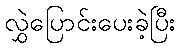
လွှဲပြောင်းပေးခဲ့ပြီး